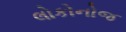
લોકોનોજ